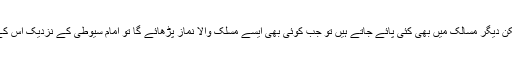
یہ مسائل اکثر احناف سے متعلق ہیں لیکن دیگر مسالک میں بھی کئی پائے جاتے ہیں تو جب کوئی بھی ایسے مسلک والا نماز پڑھائے گا تو امام سیوطیؒ کے نزدیک اس کے پیچھے دوسروں کو نماز نہیں ہوگی۔